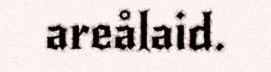
areålaid.